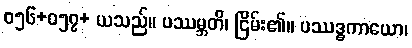
ဝ၅၆+၀၅၇+ ယသည်။ ပဿမ္ဘတိ၊ ငြိမ်း၏။ ပဿဒ္ဓကာယော၊